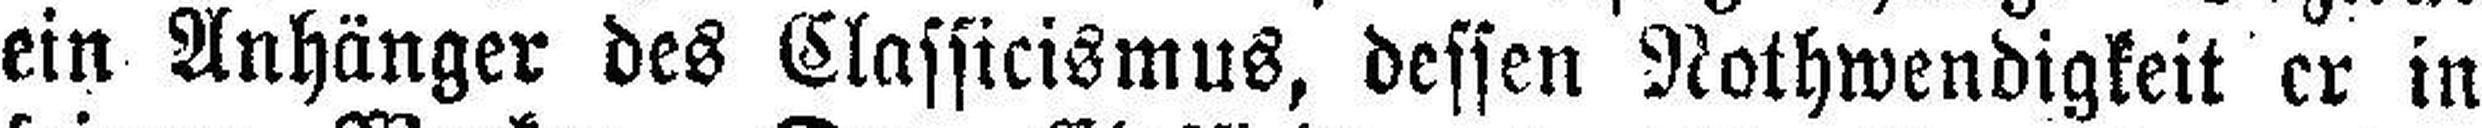
ein Anhänger des Classicismus, dessen Nothwendigkeit er in